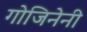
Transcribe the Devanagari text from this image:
गोजिनेनी